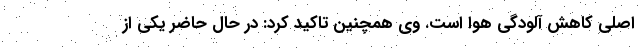
اصلی کاهش آلودگی هوا است. وی همچنین تاکید کرد: در حال حاضر یکی از